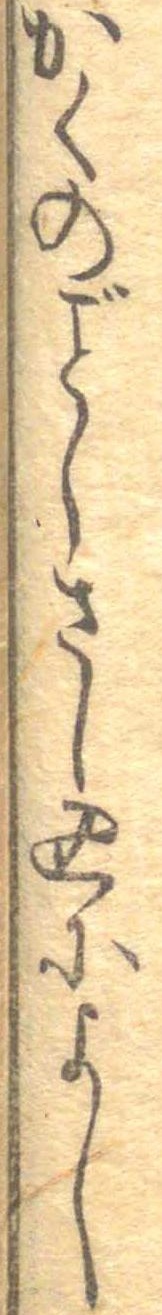
かくのごとしさし込によし